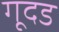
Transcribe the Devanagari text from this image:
गूदड